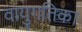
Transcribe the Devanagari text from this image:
वायुगतिका